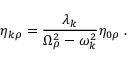
\eta _ { k \rho } = \frac { \lambda _ { k } } { \Omega _ { \rho } ^ { 2 } - \omega _ { k } ^ { 2 } } \eta _ { 0 \rho } \; .